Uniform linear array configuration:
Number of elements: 12
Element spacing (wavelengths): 0.75
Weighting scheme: cosine
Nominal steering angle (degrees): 15
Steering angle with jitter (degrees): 13.59
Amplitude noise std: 0.05
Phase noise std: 0.05

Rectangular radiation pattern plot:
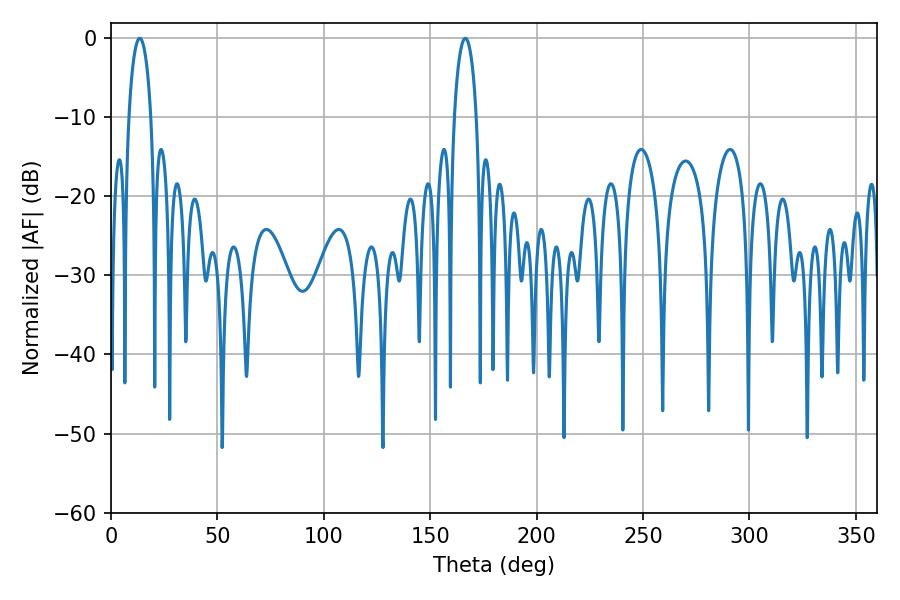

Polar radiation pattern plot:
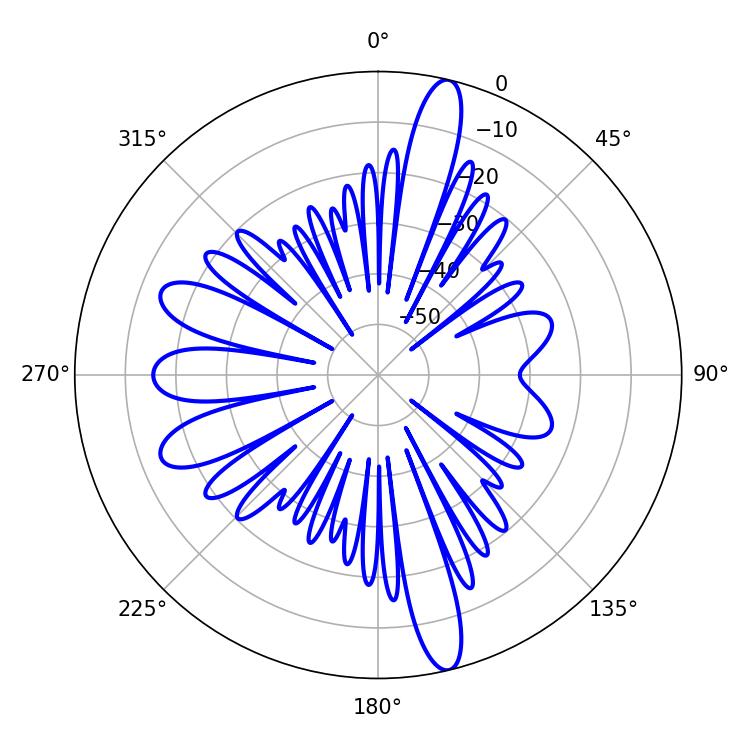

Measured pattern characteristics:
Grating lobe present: TRUE
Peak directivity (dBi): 17.45
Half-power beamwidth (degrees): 5.94
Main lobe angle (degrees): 13.5